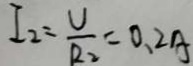
I _ { 2 } = \frac { U } { R _ { 2 } } = 0 . 2 A